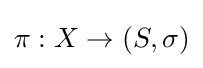
\pi :X\to (S,\sigma )